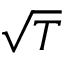
\sqrt { T }